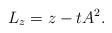
LaTeX: \begin{align*}L_z = z - tA^2.\end{align*}